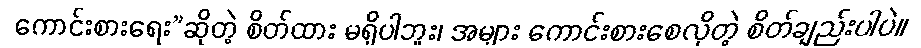
ကောင်းစားရေး”ဆိုတဲ့ စိတ်ထား မရှိပါဘူး၊ အများ ကောင်းစားစေလိုတဲ့ စိတ်ချည်းပါပဲ။